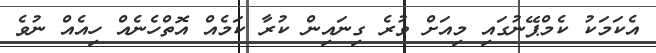
އެކަމަކު ކެމްޕޭނުގައި މިއަށް ވުރެ ގިނައިން ކުރާ ކަމެއް އޮތްހެނެއް ހިއެއް ނުވެ